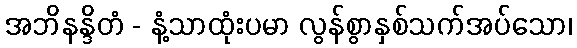
အဘိနန္ဒိတံ - နံ့သာထုံးပမာ လွန်စွာနှစ်သက်အပ်သော၊